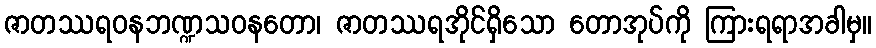
ဇာတဿရဝနဘဏ္ဍသဝနတော၊ ဇာတဿရအိုင်ရှိသော တောအုပ်ကို ကြားရရာအခါမှ။